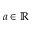
a \in \mathbb { R }